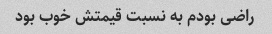
راضی بودم به نسبت قیمتش خوب بود